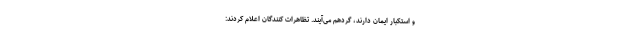
و استکبار ایمان دارند، گردهم می‌آیند. تظاهرات کنندگان اعلام کردند: